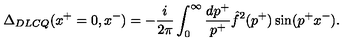
\Delta _ { D L C Q } ( x ^ { + } = 0 , x ^ { - } ) = - { \frac { i } { 2 \pi } } \int _ { 0 } ^ { \infty } { \frac { d p ^ { + } } { p ^ { + } } } \hat { f } ^ { 2 } ( p ^ { + } ) \sin ( p ^ { + } x ^ { - } ) .